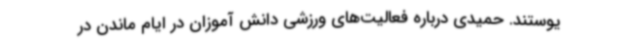
یوستند. حمیدی درباره فعالیت‌های ورزشی دانش آموزان در ایام ماندن در